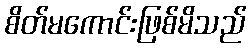
စိတ်မကောင်းဖြစ်မိသည်